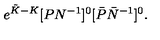
e ^ { { \tilde { K } } - K } [ P N ^ { - 1 } ] ^ { 0 } [ \bar { P } \bar { N } ^ { - 1 } ] ^ { 0 } .